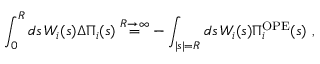
\int _ { 0 } ^ { R } d s \, W _ { i } ( s ) \Delta \Pi _ { i } ( s ) \stackrel { R \rightarrow \infty } { = } - \int _ { | s | = R } d s \, W _ { i } ( s ) \Pi _ { i } ^ { \mathrm { O P E } } ( s ) \ ,